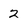
Character: 2